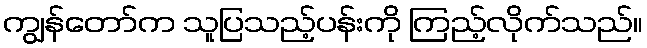
ကျွန်တော်က သူပြသည့်ပန်းကို ကြည့်လိုက်သည်။